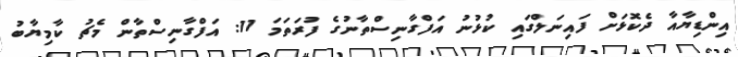
އިންޑިޔާއާ ދެކޮޅަށް ފައިނަލްގައި ކުޅުނު އަފްގާނިސްތާނުގެ ފުރަތަމަ 11: އަފްގާނިސްތާން މެޗު ކާމިޔާބު